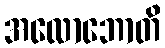
အလောဘောတိ